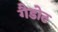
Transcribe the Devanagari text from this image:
गैडोट